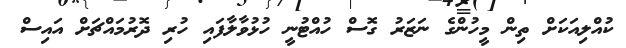
ކުއްލިއަކަށް ތިން މީހުންގެ ނަޒަރު ގޮސް ހުއްޓުނީ ހުޅުވާލާފައި ހުރި ދޮރުމައްޗަށް އައިސް